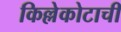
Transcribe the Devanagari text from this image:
किल्लेकोटाची